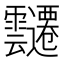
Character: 𮧀